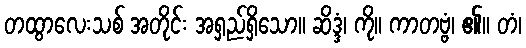
တထွာလေးသစ် အတိုင်း အရှည်ရှိသော။ ဆိဒ္ဒံ၊ ကို။ ကာတဗ္ဗံ၊ ၏။ တံ၊